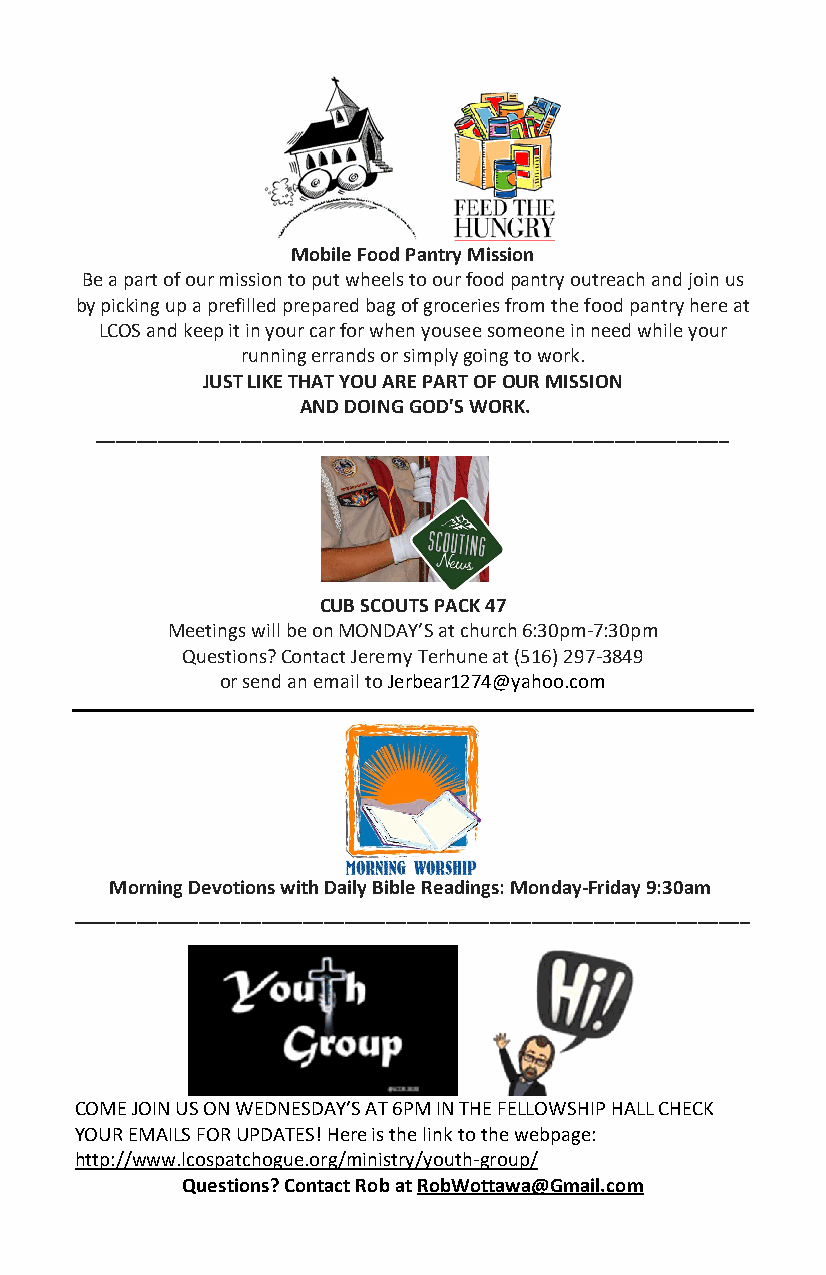
Mobile Food Pantry Mission
 Be a part of our mission to put wheels to our food pantry outreach and join us
 by picking up a prefilled prepared bag of groceries from the food pantry here at
 LCOS and keep it in your car for when yousee someone in need while your
 running errands or simply going to work.
 JUST LIKE THAT YOU ARE PART OF OUR MISSION
 AND DOING GOD'S WORK.
 _____________________________________________________________
 CUB SCOUTS PACK 47
 Meetings will be on MONDAY’S at church 6:30pm-7:30pm
 Questions? Contact Jeremy Terhune at (516) 297-3849
 or send an email to Jerbear1274@yahoo.com
 Morning Devotions with Daily Bible Readings: Monday-Friday 9:30am
 _________________________________________________________________
 COME JOIN US ON WEDNESDAY’S AT 6PM IN THE FELLOWSHIP HALL CHECK
 YOUR EMAILS FOR UPDATES! Here is the link to the webpage:
 http://www.lcospatchogue.org/ministry/youth-group/
 Questions? Contact Rob at RobWottawa@Gmail.com